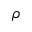
\rho